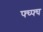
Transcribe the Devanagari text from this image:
फ्घ्फ्घ